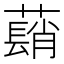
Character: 𦿃